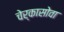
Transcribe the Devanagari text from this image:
चेर्कासोवा